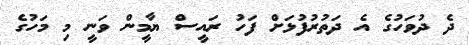
ދެ ދުވަހުގެ އެ ދަތުރުފުޅަށް ފަހު ރައީސް ޔާމީން ވަނީ މި މަހުގެ